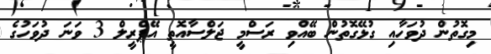
މިގޮތުން ދުވަހާއި ގުޅޭގޮތުން ބޭއްވި ރަސްމީ ޖަލްސާއޮތީ އޭޕްރީލް 3 ވަނަ ދުވަހުގެ